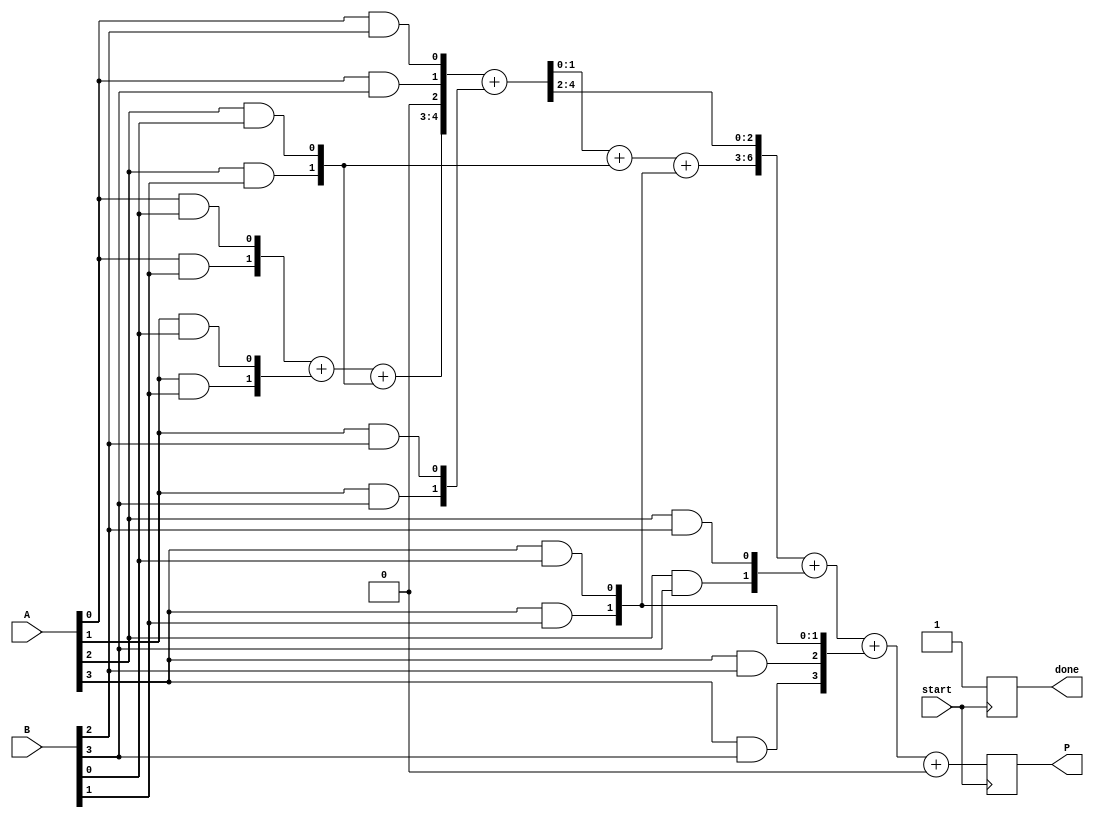
module async_wallace_tree_multiplier #(parameter N = 4) (
    input wire [N-1:0] A,
    input wire [N-1:0] B,
    output reg [2*N-1:0] P,
    input wire start,
    output reg done
);

// Internal signals
reg [N-1:0] partial_products [0:N-1];
reg [2*N-1:0] sum [0:N-1];
reg [N:0] carry [0:N-1];
reg [N:0] temp_sum [0:N-1];
reg [N:0] temp_carry [0:N-1];
integer i, j;

// Generate partial products
always @(*) begin
    for (i = 0; i < N; i = i + 1) begin
        for (j = 0; j < N; j = j + 1) begin
            partial_products[i][j] = A[i] & B[j];
        end
    end
end

// Wallace Tree reduction
always @(posedge start) begin
    // Initialize sum and carry
    for (i = 0; i < N; i = i + 1) begin
        sum[i] = {1'b0, partial_products[i]};
        carry[i] = 0;
    end

    // Reduce using Wallace Tree structure
    for (i = 0; i < N-1; i = i + 1) begin
        if (i < N-2) begin
            // Full adders for three inputs
            {temp_carry[i], temp_sum[i]} = sum[i][1:0] + sum[i+1][1:0] + sum[i+2][1:0];
            carry[i+1] = temp_carry[i];
            sum[i+1] = {1'b0, temp_sum[i], sum[i][N:2]} + {1'b0, sum[i+1][N:2]};
        end
    end

    // Final addition
    P = 0;
    done = 0;
    #1; // Simulate delay for asynchronous operation
    P = sum[N-2] + sum[N-1] + carry[N-2];
    done = 1; // Signal that multiplication is done
end

endmodule